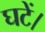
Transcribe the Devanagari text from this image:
घटें।